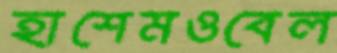
হাশেমওবেল